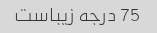
75 درجه زیباست